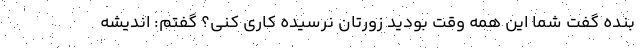
بنده گفت شما این همه وقت بودید زورتان نرسیده کاری کنی؟ گفتم: اندیشه